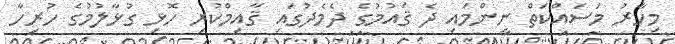
މިހާރު މަސައްކަތް ނިންމައި ދެ ޤައުމުގެ ދެމެދުގައި ޤާއިމްކުރި ހޮޅި ގުޅާލުމުގެ ހުރިހާ